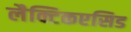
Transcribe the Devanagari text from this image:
लैक्टिकएसिड